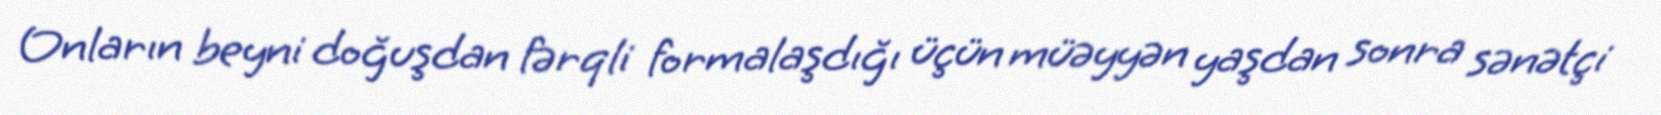
Onların beyni doğuşdan fərqli formalaşdığı üçün müəyyən yaşdan sonra sənətçi